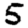
Digit: 5